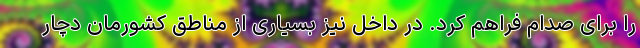
را برای صدام فراهم کرد. در داخل نیز بسیاری از مناطق کشورمان دچار